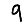
Digit: 9